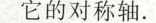
它的对称轴。